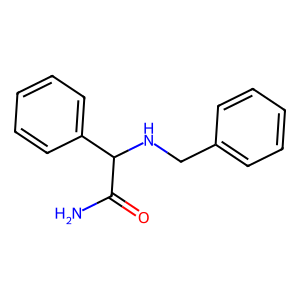
SMILES: NC(=O)C(NCc1ccccc1)c1ccccc1
Inhibits HIV replication: No